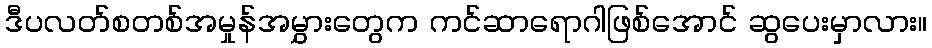
ဒီပလတ်စတစ်အမှုန်အမွှားတွေက ကင်ဆာရောဂါဖြစ်အောင် ဆွပေးမှာလား။